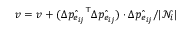
v = v + ( \Delta \hat { p _ { e _ { i j } } } ^ { \top } \Delta \hat { p _ { e _ { i j } } } ) \cdot \Delta \hat { p _ { e _ { i j } } } / | \mathcal { N } _ { i } |